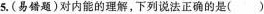
5.(易错题)对内能的理解，下列说法正确的是( )